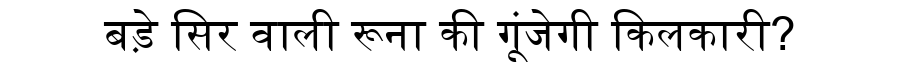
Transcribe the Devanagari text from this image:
बड़े सिर वाली रूना की गूंजेगी किलकारी?